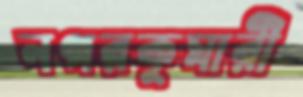
নগরকুমারী